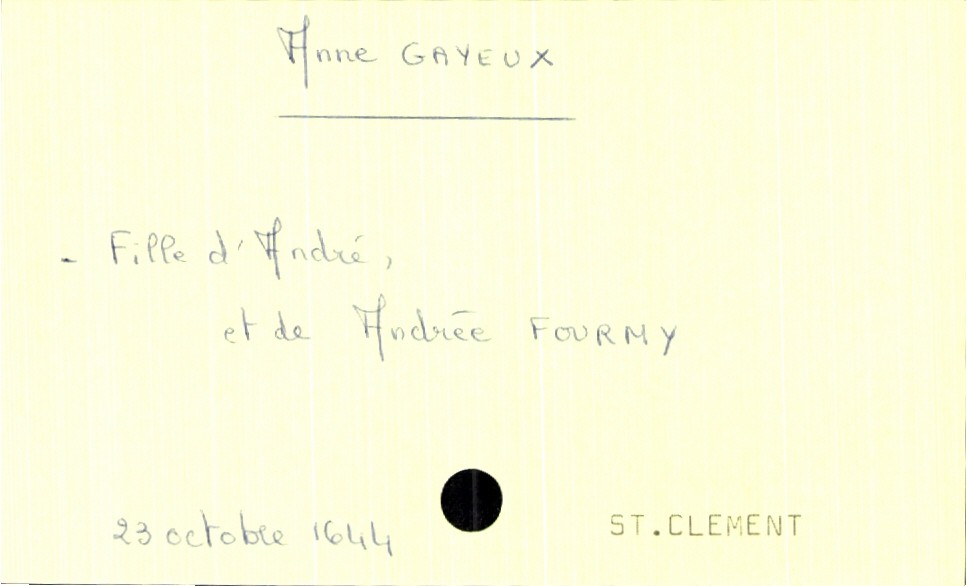
type_acte: Baptême
filiation: fille
enfant_prénom: Anne
enfant_date_de_naissance: 23 octobre 1644
enfant_lieu_de_naissance: Saint Clement
père_enfant_nom: Gayeux
père_enfant_prénom: André
mère_enfant_nom: Fourmy
mère_enfant_prénom: Andrée